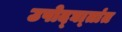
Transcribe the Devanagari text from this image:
उपोद्‌घा्तांत